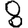
Digit: 8